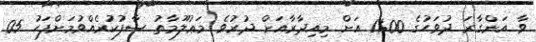
ވާ އަންގާރަ ދުވަހުގެ 11:00 އަށް މިއިދާރާއަށް ދުރުވެ މަޢުލޫމާތު ސާފުކުރެއްވުމަށްފަހު 05